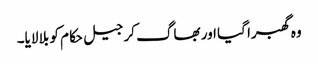
وہ گھبرا گیا اور بھاگ کر جیل حکام کو بلا لایا۔